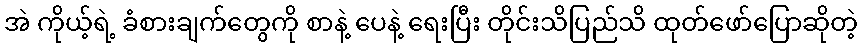
အဲ ကိုယ့်ရဲ့ ခံစားချက်တွေကို စာနဲ့ ပေနဲ့ ရေးပြီး တိုင်းသိပြည်သိ ထုတ်ဖော်ပြောဆိုတဲ့